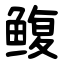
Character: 鳆